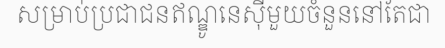
សម្រាប់ប្រជាជនឥណ្ឌូនេស៊ីមួយចំនួននៅតែជា